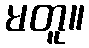
မတူ။